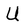
Character: U